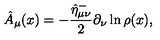
\hat { A } _ { \mu } ( x ) = - \frac { \hat { \eta } _ { \mu \nu } ^ { - } } 2 \partial _ { \nu } \ln \rho ( x ) ,